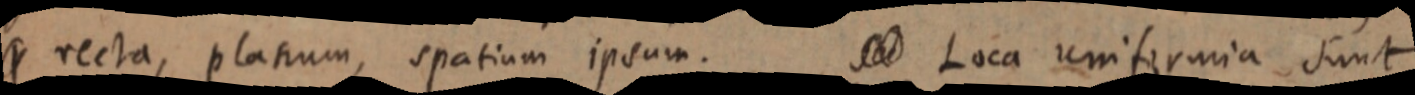
_ recta, platium, spatium ipsum. Sed Loca uniformia sunt